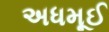
અધમૂઈ